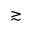
\gtrsim